Vaccination North-Western Provinces and Oudh 1896-1901 - 1896-1901
Year: 1896
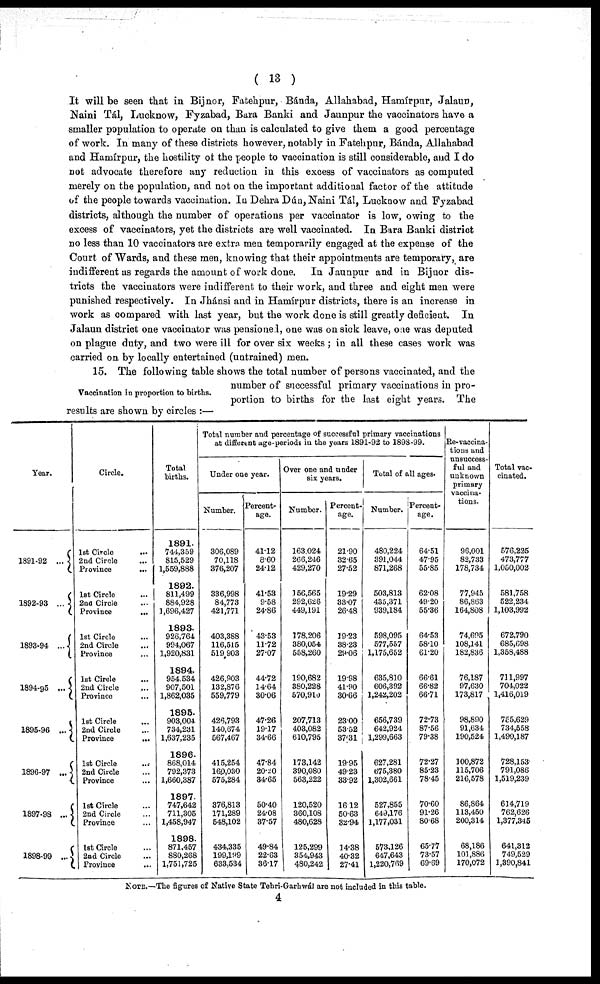
( 13 )
It will be seen that in Bijnor, Fatehpur, Bánda, Allahabad, Hamírpur, Jalaun,
Naini Tál, Lucknow, Fyzabad, Bara Banki and Jaunpur the vaccinators have a
smaller population to operate on than is calculated to give them a good percentage
of work. In many of these districts however, notably in Fatehpur, Bánda, Allahabad
and Hamírpur, the hostility of the people to vaccination is still considerable, and I do
not advocate therefore any reduction in this excess of vaccinators as computed
merely on the population, and not on the important additional factor of the attitude
of the people towards vaccination. In Dehra Dún, Naini Tál, Lucknow and Fyzabad
districts, although the number of operations per vaccinator is low, owing to the
excess of vaccinators, yet the districts are well vaccinated. In Bara Banki district
no less than 10 vaccinators are extra men temporarily engaged at the expense of the
Court of Wards, and these men, knowing that their appointments are temporary, are
indifferent as regards the amount of work done. In Jaunpur and in Bijnor dis-
tricts the vaccinators were indifferent to their work, and three and eight men were
punished respectively. In Jhánsi and in Hamírpur districts, there is an increase in
work as compared with last year, but the work done is still greatly deficient. In
Jalaun district one vaccinator was pensioned, one was on sick leave, one was deputed
on plague duty, and two were ill for over six weeks ; in all these cases work was
carried on by locally entertained (untrained) men.
Vaccination in proportion to births.
15. The following table shows the total number of persons vaccinated, and the
number of successful primary vaccinations in pro-
portion to births for the last eight years. The
results are shown by circles :—
Year.
1891-92 ...
1892-93 ...
1893-94 ...
1894-95 ...
1895-96 ...
1896-97 ...
1897-98 ...
1898-99 ...
Circle.
1st Circle
...
2nd Circle ...
Province
...
1st Circle ...
2nd Circle ...
Province
...
1st Circle ...
2nd Circle ...
Province ...
1st Circle ...
2nd Circle ...
Province ...
1st Circle ...
2nd Circle ...
Province
...
1st Circle ...
2nd Circle ...
Province ...
1st Circle ...
2nd Circle ...
Province ...
1st Circle ...
2nd Circle ...
Province ...
Total
births.
1891.
744,359
815,529
1,559,888
1892.
811,499
884,928
1,696,427
1893.
926,764
994,067
1,920,831
1894.
954,534
907,501
1,862,035
1895.
903,004
734,231
1,637,235
1896.
868,014
792,373
1,660,387
1897
747,642
711,305
1,458,947
1898.
871,457
880,268
1,751,725
Total number and percentage of successful primary vaccinations
at different age-periods in the years 1891-92 to 1898-99.
Under one year.
Number.
306,089
70,118
376,207
336,998
84,773
421,771
403,388
116,515
519,903
426,903
132,876
559,779
426,793
140,674
567,467
415,254
160,030
575,284
376,813
171,289
548,102
434,335
199,199
633,534
Percent-
age.
41.12
8.60
24.12
41.53
9.58
24.86
43.53
11.72
27.07
44.72
14.64
30.06
47.26
19.17
34.66
47.84
20.20
34.65
50.40
24.08
37.57
49.84
22.63
36.17
Over one and under
six years.
Number.
163,024
266,246
429,270
156,565
292,626
449,191
178,206
380,054
558,260
190,682
380,228
570,910
207,713
403,082
610,795
173,142
390,080
563,222
120,520
360,108
480,628
125,299
354,943
480,242
Percent-
age.
21.90
32.65
27.52
19.29
33.07
26.48
19.23
38.23
29.06
19.98
41.90
30.66
23.00
53.52
37.31
19.95
49.23
33.92
16.12
50.63
32.94
14.38
40.32
27.41
Total of all ages.
Number.
480,224
391,044
871,268
503,813
435,371
939,184
598,095
577,557
1,175,652
635,810
606,392
1,242,202
656,739
642,924
1,299,663
627,281
675,380
1,302,661
527,855
649,176
1,177,031
573,126
647,643
1,220,769
Percent-
age.
64.51
47.95
55.85
62.08
49.20
55.36
64.53
58.10
61.20
66.61
66.82
66.71
72.73
87.56
79.38
72.27
85.23
78.45
70.60
91.26
80.68
65.77
73.57
69.69
Re-vaccina-
tions and
unsuccess-
ful and
unknown
primary
vaccina-
tions.
96,001
82,733
178,734
77,945
86,863
164,808
74,695
108,141
182,836
76,187
97,630
173,817
98,890
91,634
190,524
100,872
115,706
216,578
86,864
113,450
200,314
68,186
101,886
170,072
Total vac-
cinated.
576,225
473,777
1,050,002
581,758
522,234
1,103,992
672,790
685,698
1,358,488
711,997
704,022
1,416,019
755,629
734,558
1,499,187
728,153
791,086
1,519,239
614,719
762,626
1,377,345
641,312
749,529
1,390,841
NOTE.—The figures of Native State Tehri-Garhwál are not included in this table.
4